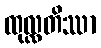
ထုလ္လတိဿာ